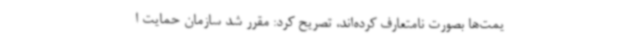
یمت‌ها بصورت نامتعارف کرده‌اند، تصریح کرد: مقرر شد سازمان حمایت ا